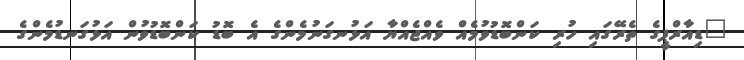
"ޑިއާރްޕީގެ ތެރޭގައި ހުރި ކަންބޮޑުވުމެއް ވެއްޖެއްޔާ އަޅުނގަނުމެންގެ އެ ބޮޑު ކަންބޮޑުވުން އަޅުގަނޑުމެންގެ